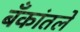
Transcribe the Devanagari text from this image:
बँकांतले